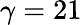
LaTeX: \gamma=21